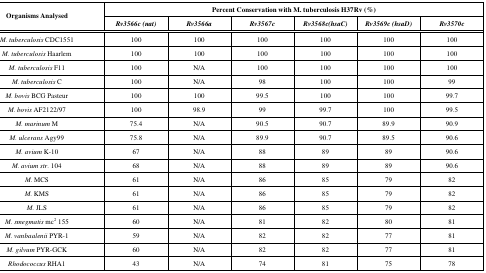
<table><thead><tr><td rowspan="2"><b>Organisms Analysed</b></td><td colspan="6"><b>Percent Conservation with M. tuberculosis H37Rv (%)</b></td></tr><tr><td><b><i>Rv3566c (nat)</i></b></td><td><b><i>Rv3566a</i></b></td><td><b><i>Rv3567c</i></b></td><td><b><i>Rv3568c(hsaC) </i></b></td><td><b><i>Rv3569c (hsaD)</i></b></td><td><b><i>Rv3570c</i></b></td></tr></thead><tbody><tr><td><i>M. tuberculosis</i> CDC1551</td><td>100</td><td>100</td><td>100</td><td>100</td><td>100</td><td>100</td></tr><tr><td><i>M. tuberculosis</i> Haarlem</td><td>100</td><td>100</td><td>100</td><td>100</td><td>100</td><td>100</td></tr><tr><td><i>M. tuberculosis</i> F11</td><td>100</td><td>N/A</td><td>100</td><td>100</td><td>100</td><td>100</td></tr><tr><td><i>M. tuberculosis</i> C </td><td>100</td><td>N/A</td><td>98</td><td>100</td><td>100</td><td>99</td></tr><tr><td><i>M. bovis</i> BCG Pasteur</td><td>100</td><td>100</td><td>99.5</td><td>100</td><td>100</td><td>99.7</td></tr><tr><td><i>M. bovis</i> AF2122/97</td><td>100</td><td>98.9</td><td>99</td><td>99.7</td><td>100</td><td>99.5</td></tr><tr><td><i>M. marinum</i> M</td><td>75.4</td><td>N/A</td><td>90.5</td><td>90.7</td><td>89.9</td><td>90.9</td></tr><tr><td><i>M. ulcerans</i> Agy99</td><td>75.8</td><td>N/A</td><td>89.9</td><td>90.7</td><td>89.5</td><td>90.6</td></tr><tr><td><i>M. avium</i> K-10</td><td>67</td><td>N/A</td><td>88</td><td>89</td><td>89</td><td>90.6</td></tr><tr><td><i>M. avium str.</i> 104</td><td>68</td><td>N/A</td><td>88</td><td>89</td><td>89</td><td>90.6</td></tr><tr><td><i>M. </i>MCS</td><td>61</td><td>N/A</td><td>86</td><td>85</td><td>79</td><td>82</td></tr><tr><td><i>M. </i>KMS</td><td>61</td><td>N/A</td><td>86</td><td>85</td><td>79</td><td>82</td></tr><tr><td><i>M. </i>JLS</td><td>61</td><td>N/A</td><td>86</td><td>85</td><td>79</td><td>82</td></tr><tr><td><i>M. smegmatis </i>mc<sup>2</sup> 155</td><td>60</td><td>N/A</td><td>81</td><td>82</td><td>80</td><td>81</td></tr><tr><td><i>M. vanbaalenii</i> PYR-1</td><td>59</td><td>N/A</td><td>82</td><td>82</td><td>77</td><td>81</td></tr><tr><td><i>M. gilvum</i> PYR-GCK</td><td>60</td><td>N/A</td><td>82</td><td>82</td><td>77</td><td>81</td></tr><tr><td><i>Rhodococcus</i> RHA1</td><td>43</td><td>N/A</td><td>74</td><td>81</td><td>75</td><td>78</td></tr></tbody></table>